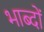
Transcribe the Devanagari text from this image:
भाब्दों